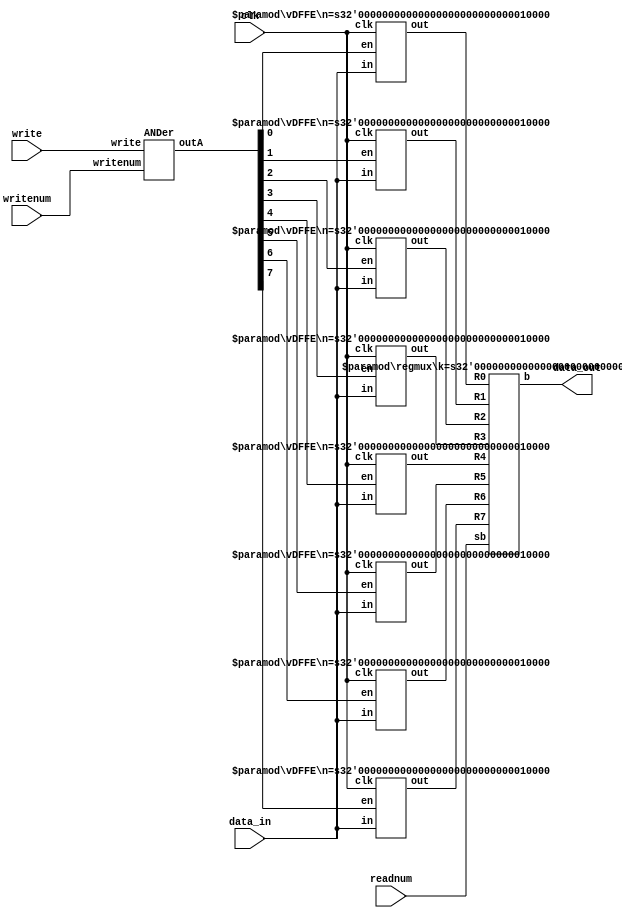
module regfile(data_in, writenum, write, readnum, clk, data_out); // primary register module
    // primary module I/O
    input [15:0] data_in;
    input [2:0] writenum, readnum;
    input write, clk;
    output [15:0] data_out;
    
    // internal wire declarations
    wire [7:0] outs;
    wire [15:0] R0, R1, R2, R3, R4, R5, R6, R7;

    ANDer wn(writenum, write, outs); // decoder and ANDing

    vDFFE #(16) r0(clk, outs[0], data_in, R0); // instantiation of R0
    vDFFE #(16) r1(clk, outs[1], data_in, R1); // instantiation of R1
    vDFFE #(16) r2(clk, outs[2], data_in, R2); // instantiation of R2
    vDFFE #(16) r3(clk, outs[3], data_in, R3); // instantiation of R3
    vDFFE #(16) r4(clk, outs[4], data_in, R4); // instantiation of R4
    vDFFE #(16) r5(clk, outs[5], data_in, R5); // instantiation of R5
    vDFFE #(16) r6(clk, outs[6], data_in, R6); // instantiation of R6
    vDFFE #(16) r7(clk, outs[7], data_in, R7); // instantiation of R7
    
    regmux #(16) rn(R0, R1, R2, R3, R4, R5, R6, R7, readnum, data_out); // readnum decoder and mux selector
endmodule

module Dec(a, b) ; // n:m decoder taken from slide-set 6
  parameter n=2 ;
  parameter m=4 ;

  input  [n-1:0] a ;
  output [m-1:0] b ;

  wire [m-1:0] b = 1 << a;
endmodule

module regmux(R0, R1, R2, R3, R4, R5, R6, R7, sb, b); // code taken from slide-set 6, modified
    parameter k = 1; // width parameter
    input [k-1:0] R0, R1, R2, R3, R4, R5, R6, R7;  // register inputs
    input [2:0] sb;
    output [k-1:0] b;
    wire  [7:0] s; //  internal wire to pass output of decoder to MUX selection
  
    Dec #(3,8) rn(sb,s); // Decoder converts binary to one-hot to select register position
    Mux16 #(16) r(R0, R1, R2, R3, R4, R5, R6, R7, s, b); // multiplexer selects input
endmodule

module Mux16(R0, R1, R2, R3, R4, R5, R6, R7, s, b); // register selection multiplexer
    parameter k = 1; // bit parameter
    input [k-1:0] R0, R1, R2, R3, R4, R5, R6, R7;  // inputs
    input [7:0] s; // one-hot select
    output reg [k-1:0] b;

    always @(*) begin // sets 'b' to desired register based on one-hot input 's'
        case (s) // determines which register to output based of selection 's'
            8'b00000001: b <= R0; // R0 is selected
            8'b00000010: b <= R1; // R1 is selected
            8'b00000100: b <= R2; // R2 is selected
            8'b00001000: b <= R3; // R3 is selected
            8'b00010000: b <= R4; // R4 is selected
            8'b00100000: b <= R5; // R5 is selected
            8'b01000000: b <= R6; // R6 is selected
            8'b10000000: b <= R7; // R7 is selected
            default: b <= 16'bxxxxxxxxxxxxxxxx; // default value to avoid latches
        endcase
    end
endmodule

module ANDer(writenum, write, outA); // ANDs first decoder and write together for input of registers
    input [2:0] writenum;
    input write;
    output [7:0] outA;
    wire [7:0] oneh; // output from first decoder to be ANDed with write

    Dec #(3,8) wn(writenum, oneh); // writenum decoder

    // below assign statements set each bit of 'outA' to zero or one, based off ANDing of write and 'oneh'
    assign outA[0] = oneh[0] & write; 
    assign outA[1] = oneh[1] & write;
    assign outA[2] = oneh[2] & write;
    assign outA[3] = oneh[3] & write;
    assign outA[4] = oneh[4] & write;
    assign outA[5] = oneh[5] & write;
    assign outA[6] = oneh[6] & write;
    assign outA[7] = oneh[7] & write;

endmodule

module vDFFE(clk, en, in, out); // register with load enable taken from lab5 introduction slide set
  parameter n = 1;  // width
  input clk, en ;
  input  [n-1:0] in ;
  output [n-1:0] out ;
  reg    [n-1:0] out ;
  wire   [n-1:0] next_out ;

  assign next_out = en ? in : out;

  always @(posedge clk)
    out = next_out;
endmodule